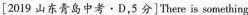
[2019 山东青岛中考·D,5分]There is something